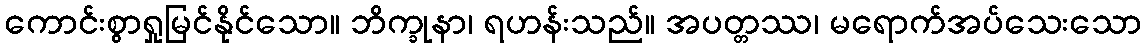
ကောင်းစွာရှုမြင်နိုင်သော။ ဘိက္ခုနာ၊ ရဟန်းသည်။ အပတ္တဿ၊ မရောက်အပ်သေးသော